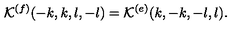
{ \cal K } ^ { ( f ) } ( - k , k , l , - l ) = { \cal K } ^ { ( e ) } ( k , - k , - l , l ) .